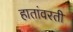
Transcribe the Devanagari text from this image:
हातांवरती